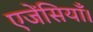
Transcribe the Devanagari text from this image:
एजेंसियाँ।